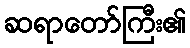
ဆရာတော်ကြီး၏